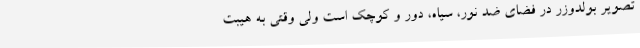
تصویر بولدوزر در فضای ضد نور، سیاه، دور و کوچک است ولی وقتی به هیبت